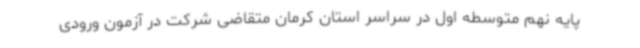
پایه نهم متوسطه اول در سراسر استان کرمان متقاضی شرکت در آزمون ورودی